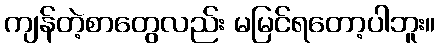
ကျန်တဲ့စာတွေလည်း မမြင်ရတော့ပါဘူး။